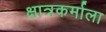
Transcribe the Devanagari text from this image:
क्षात्रकर्माला